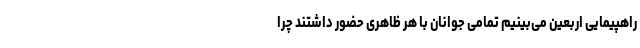
راهپیمایی اربعین می‌بینیم تمامی جوانان با هر ظاهری حضور داشتند چرا